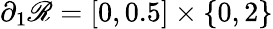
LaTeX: \partial_{1}\mathscr{R}=[0,0.5]\times\{ 0,2\}